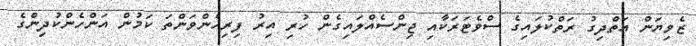
ޒެވިޔަން އަތްދިގު ރަތްކުލައިގެ ސްވެޓަރަކާއި ޖިންސެއްލައިގެން ހުރި އިރު ފިރިހެންވަންތަ ކަމުން އަންހެންކުދިންގެ